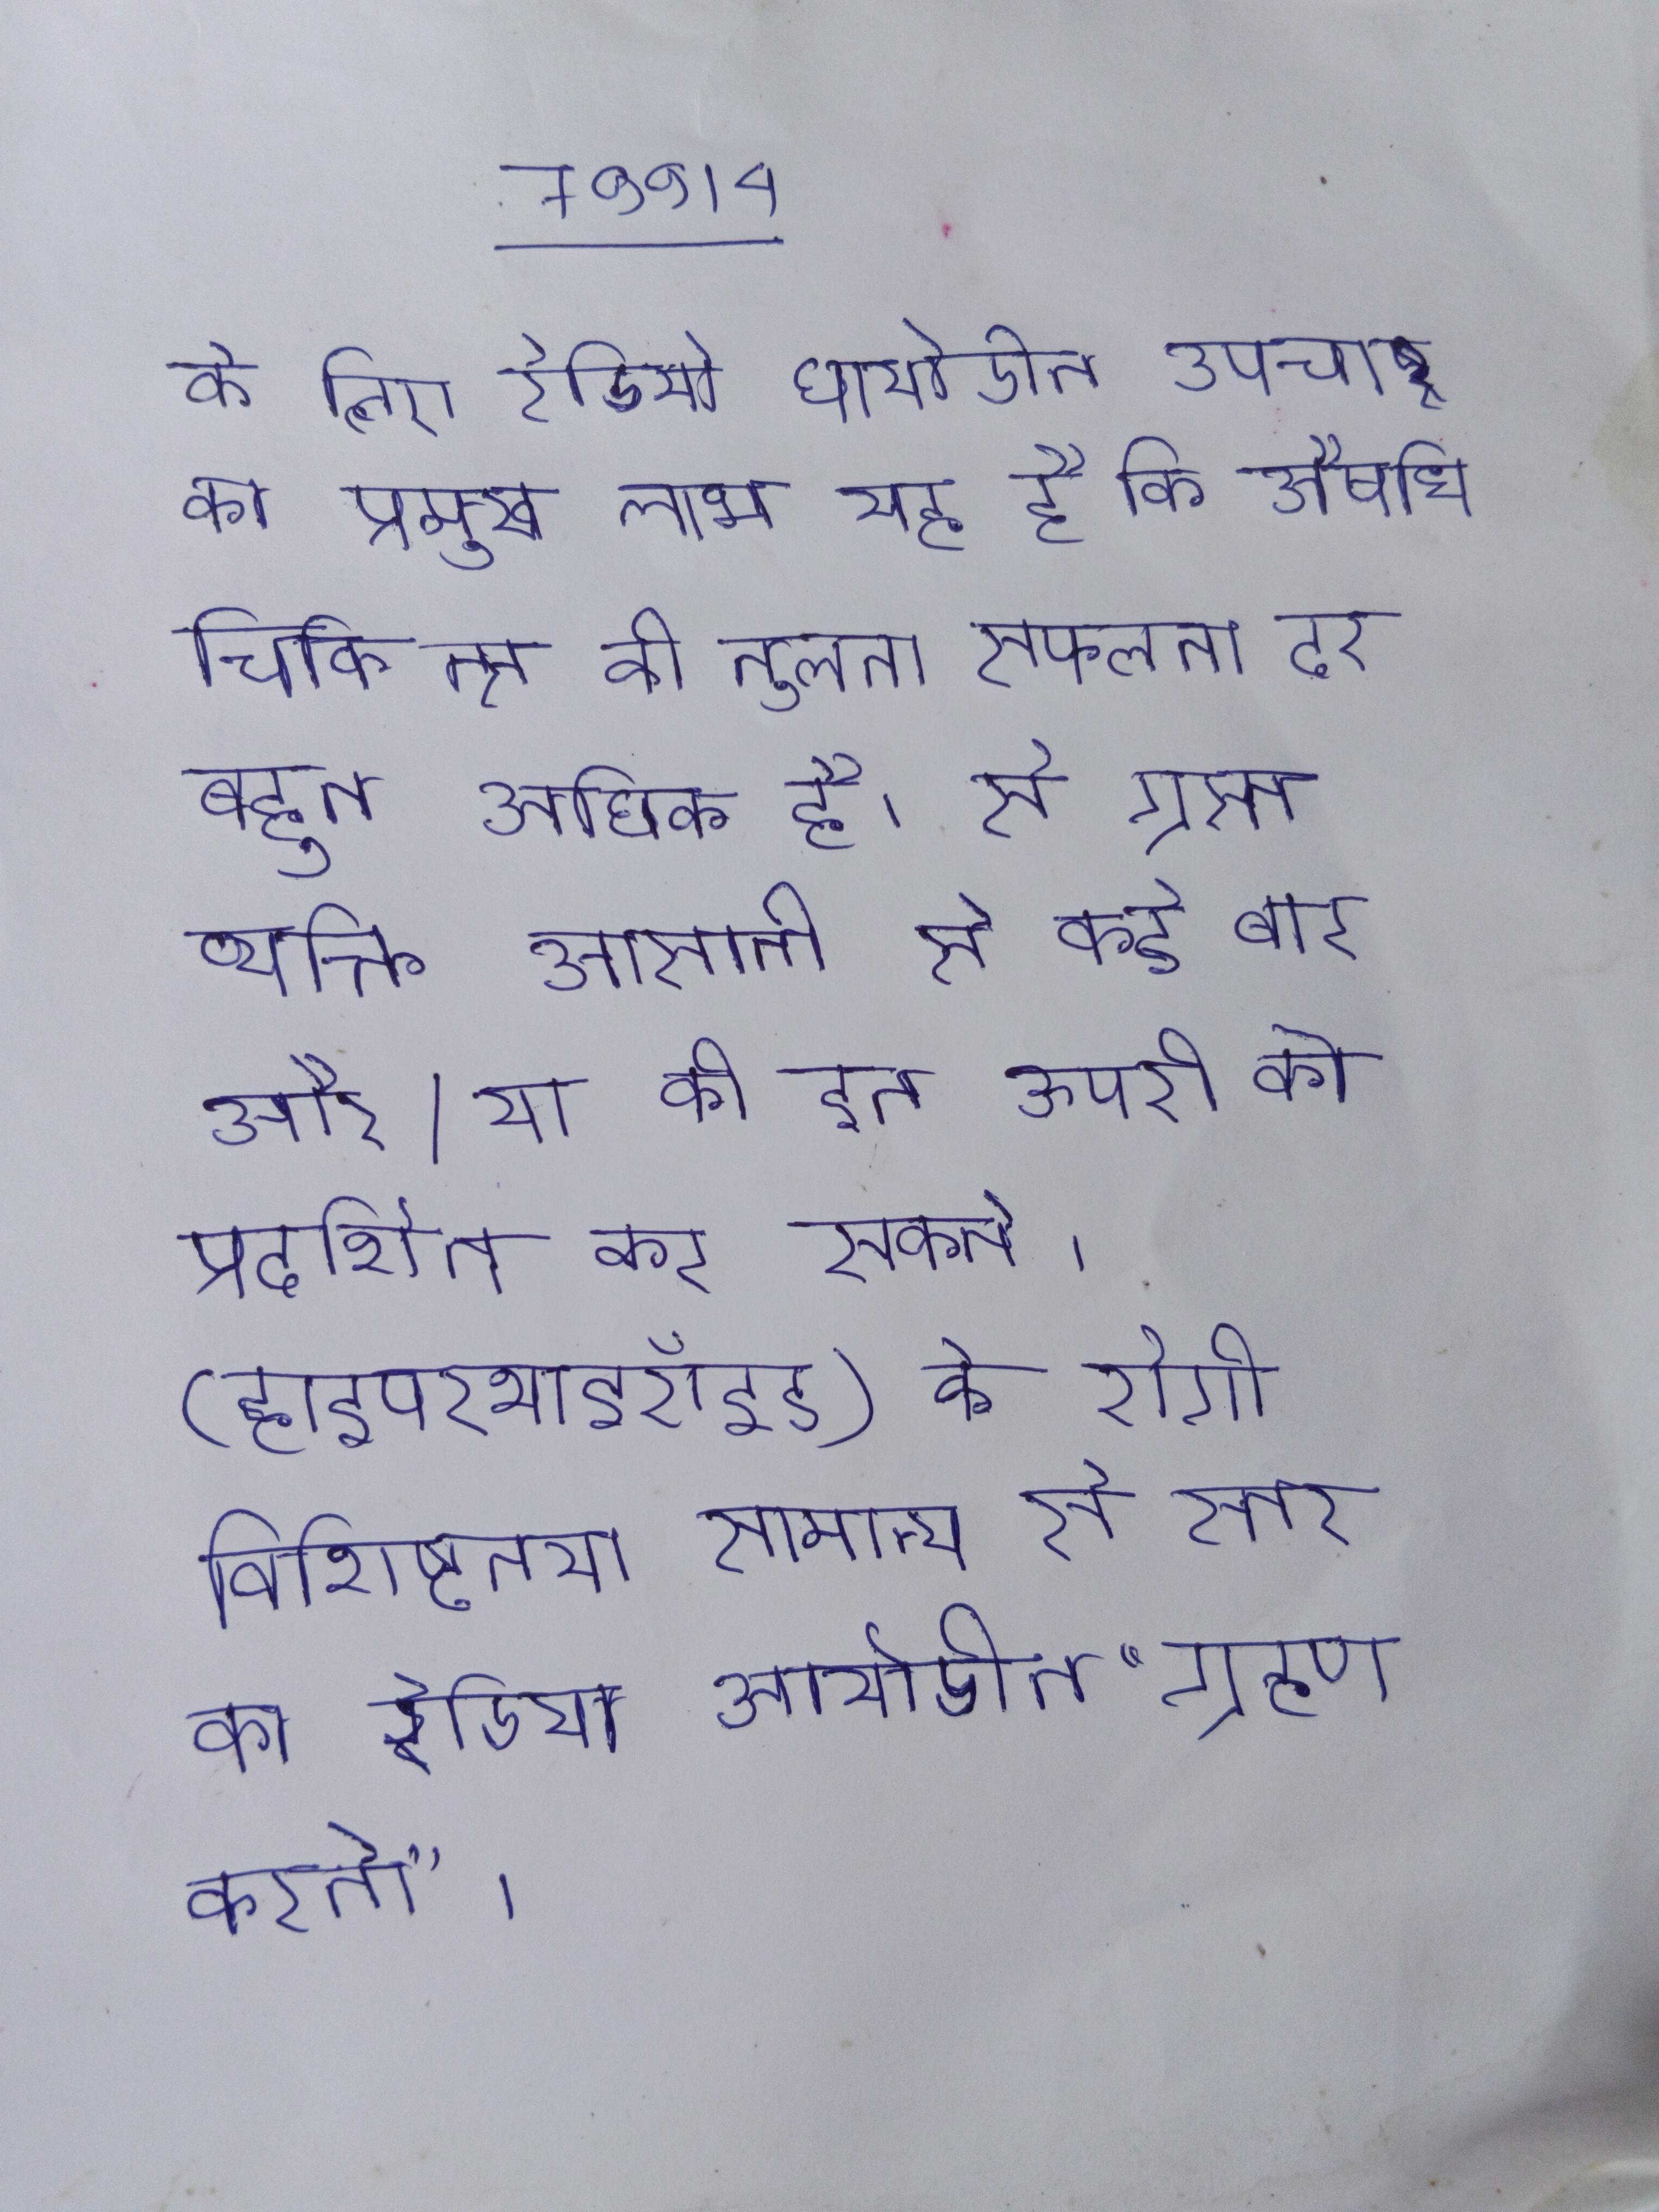
के लिए रेडियोआयोडीन उपचार का प्रमुख लाभ यह है कि औषधि चिकित्सा की तुलना सफलता दर बहुत अधिक है । से ग्रस्त व्यक्ति आसानी से कई बार और/या की इन ऊपरी को प्रदर्शित कर सकते । (हाइपरथाइरॉइड) के रोगी विशिष्टतया सामान्य से स्तर का रेडियोआयोडीन "ग्रहण करते" ।